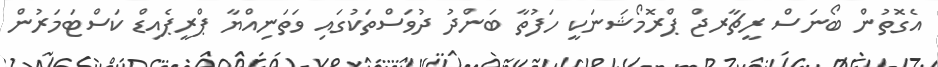
އެގޮތުން ބޯނަސް ރީޗާރޖް ޕްރޮމޯޝަނަކީ ހަފުތާ ބަންދު ދުވަސްތަކުގައި ވަތަނިއްޔާ ޕްރީޕެއިޑް ކަސްޓަމަރުން